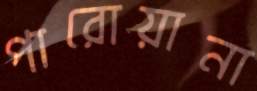
পারোয়ানা